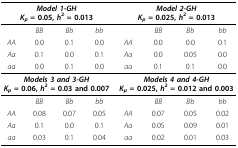
| <COLSPAN=4> Model 1-GHKp = 0.05, h2 = 0.013 | <COLSPAN=4> Model 2-GHKp = 0.025, h2 = 0.013 |
 | --- | --- | --- | --- | --- | --- | --- | --- |
 |  | BB | Bb | bb |  | BB | Bb | bb |
 | AA | 0.0 | 0.1 | 0.0 | AA | 0.0 | 0.0 | 0.1 |
 | Aa | 0.1 | 0.0 | 0.1 | Aa | 0.0 | 0.05 | 0.0 |
 | aa | 0.0 | 0.1 | 0.0 | aa | 0.1 | 0.1 | 0.0 |
 | <COLSPAN=4> Models 3 and 3-GHKp = 0.06, h2 = 0.03 and 0.007 | <COLSPAN=4> Models 4 and 4-GHKp = 0.025, h2 = 0.012 and 0.003 |
 |  | BB | Bb | bb |  | BB | Bb | bb |
 | AA | 0.08 | 0.07 | 0.05 | AA | 0.07 | 0.05 | 0.02 |
 | Aa | 0.1 | 0.0 | 0.1 | Aa | 0.05 | 0.09 | 0.01 |
 | aa | 0.03 | 0.1 | 0.04 | aa | 0.02 | 0.01 | 0.03 |